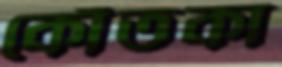
কোঁতকা